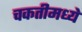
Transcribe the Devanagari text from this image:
चकतीमध्ये